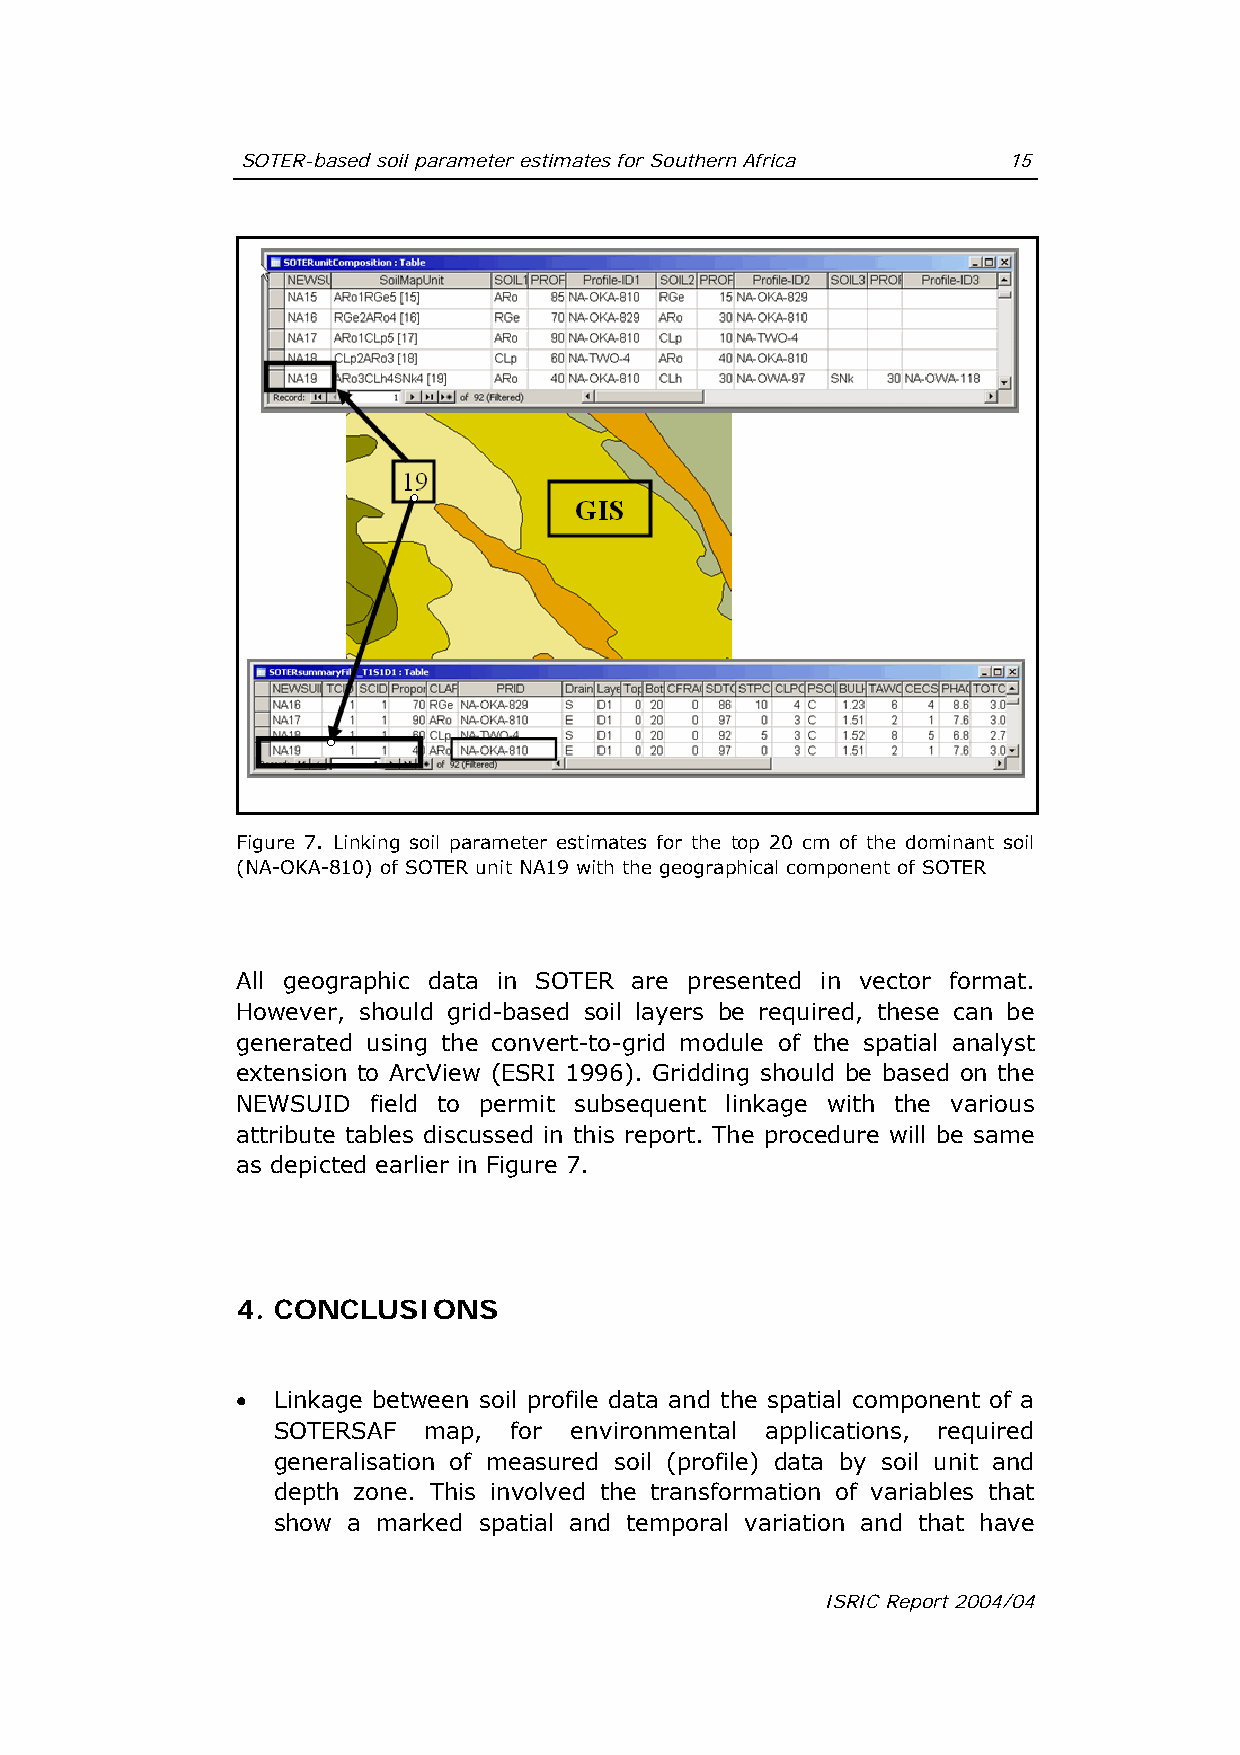
SOTER-based soil parameter estimates for Southern Africa 15
 Figure 7. Linking soil parameter estimates for the top 20 cm of the dominant soil
 (NA-OKA-810) of SOTER unit NA19 with the geographical component of SOTER
 All geographic data in SOTER are presented in vector format.
 However, should grid-based soil layers be required, these can be
 generated using the convert-to-grid module of the spatial analyst
 extension to ArcView (ESRI 1996). Gridding should be based on the
 NEWSUID field to permit subsequent linkage with the various
 attribute tables discussed in this report. The procedure will be same
 as depicted earlier in Figure 7.
 4. CONCLUSIONS
 • Linkage between soil profile data and the spatial component of a
 SOTERSAF  map,  for environmental applications, required
 generalisation of measured soil (profile) data by soil unit and
 depth zone. This involved the transformation of variables that
 show a marked spatial and temporal variation and that have
 ISRIC Report 2004/04